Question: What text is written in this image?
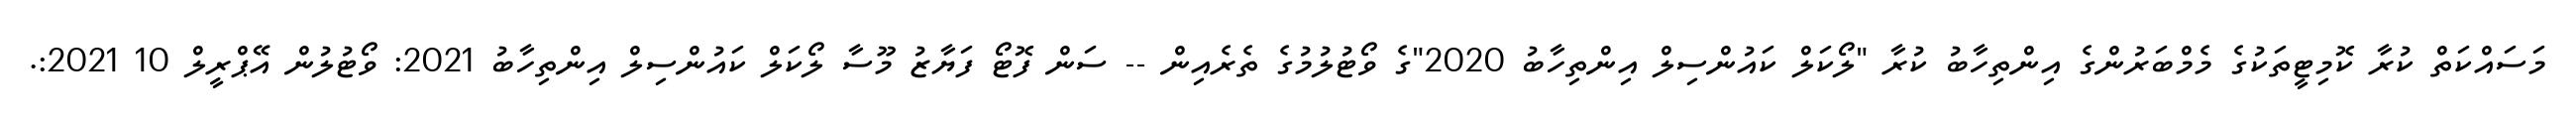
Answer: މަސައްކަތް ކުރާ ކޮމިޓީތަކުގެ މެމްބަރުންގެ އިންތިހާބު ކުރާ "ލޯކަލް ކައުންސިލް އިންތިހާބު 2020"ގެ ވޯޓުލުމުގެ ތެރެއިން -- ސަން ފޮޓޯ ފަޔާޒު މޫސާ ލޯކަލް ކައުންސިލް އިންތިހާބު 2021: ވޯޓުލުން އޭޕްރީލް 10 2021:.